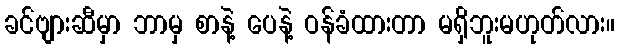
ခင်ဗျားဆီမှာ ဘာမှ စာနဲ့ ပေနဲ့ ဝန်ခံထားတာ မရှိဘူးမဟုတ်လား။